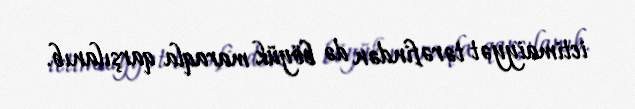
ictimaiyyət tərəfindən də böyük maraqla qarşılanıb.